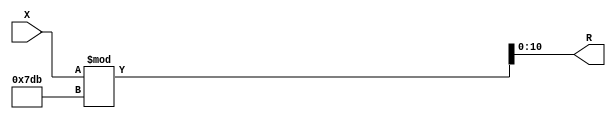
module x_300_mod_2011_reg(
    input [300:1] X,
    output [11:1] R
    );


assign R = X % 2011;

endmodule